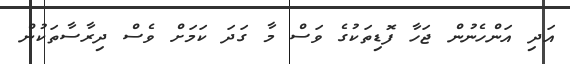
އަދި އަންހެނުން ޖަހާ ފޮޑިތަކުގެ ވަސް މާ ގަދަ ކަމަށް ވެސް ދިރާސާތަކުން